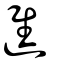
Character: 進